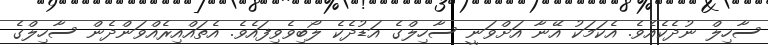
ސާހިލް ނުދެކެއެވެ. އެކަމަކު އޭނާ އަށްވަނީ ސާހިލްގެ އަޑުދެކެ ލޯބިވެވިފައެވެ. އެތައްއިރެއްވަންދެން ސާހިލްގެ